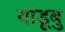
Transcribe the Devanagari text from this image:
यांडूबु